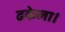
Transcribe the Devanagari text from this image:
ढकेला।